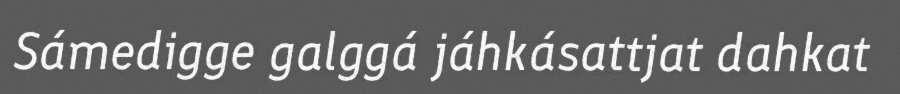
Sámedigge galggá jáhkásattjat dahkat